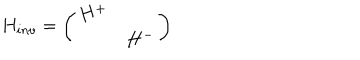
H _ { i n v } = \left( \begin{array} { c c } { { H ^ { + } } } & { { \mathrm { } } } \\ { { \mathrm { } } } & { { H ^ { - } } } \\ \end{array} \right)